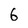
Character: 6